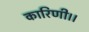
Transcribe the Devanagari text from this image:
कारिणी।।